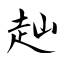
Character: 赸